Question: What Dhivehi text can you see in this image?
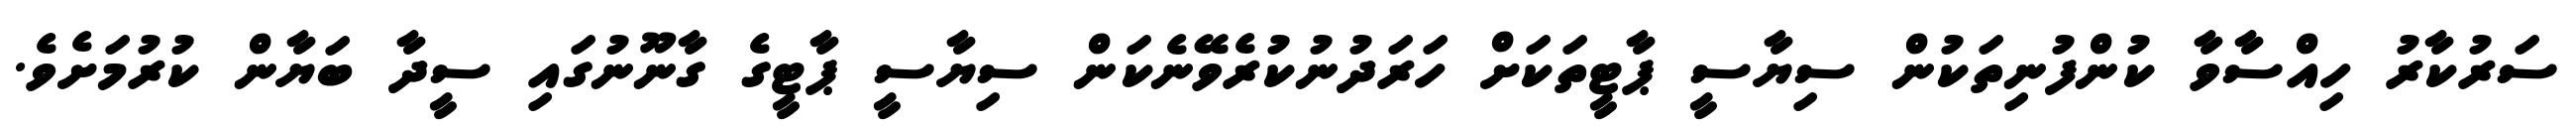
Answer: ސަރުކާރު ހިއްސާވާ ކުންފުނިތަކުން ސިޔާސީ ޕާޓީތަކަށް ހަރަދުނުކުރެވޭނެކަން ސިޔާސީ ޕާޓީގެ ގާނޫނުގައި ސީދާ ބަޔާން ކުރުމަށެވެ.